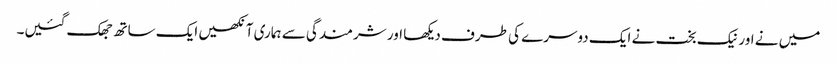
میں نے اور نیک بخت نے ایک دوسرے کی طرف دیکھا اور شرمندگی سے ہماری آنکھیں ایک ساتھ جھک گئیں۔